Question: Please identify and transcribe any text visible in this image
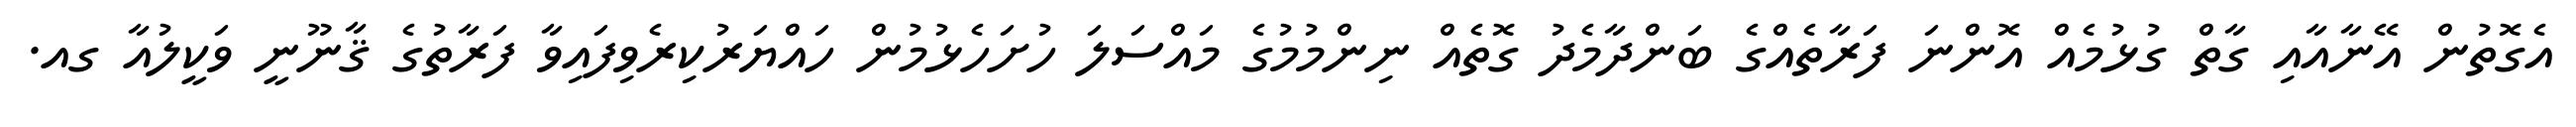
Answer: އެގޮތުން އޭނާއާއި ގާތް ގުޅުމެއް އޮންނަ ފަރާތެއްގެ ބަންދާމެދު ގޮތެއް ނިންމުމުގެ މައްސަލަ ހުށަހެޅުމުން ހައްޔަރުކިރެވިފައިވާ ފަރާތުގެ ޤާނޫނީ ވަކީލުއާ ގއ.